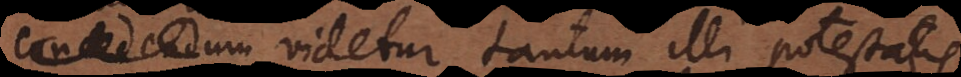
endum videtur tantum illi potestatis